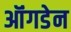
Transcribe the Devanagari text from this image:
ऑंगडेन